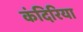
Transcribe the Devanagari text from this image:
कंदिरिया